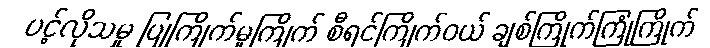
ပင့်လိုသမှု ပြုကြိုက်မူကြိုက် စီရင်ကြိုက်ဝယ် ချစ်ကြိုက်ကြုံကြိုက်